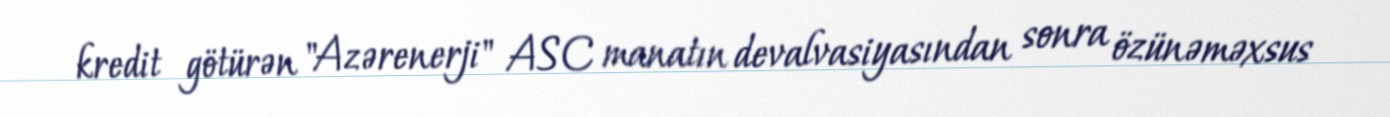
kredit götürən "Azərenerji" ASC manatın devalvasiyasından sonra özünəməxsus